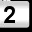
Digit: 2